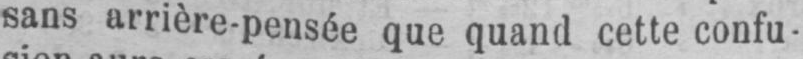
sans arrière-pensée que quand cette confu-